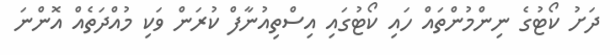
ދަށު ކޯޓުގެ ނިންމުންތައް ހައި ކޯޓުގައި އިސްތިއުނާފް ކުރަން ވަކި މުއްދަތެއް އޮންނަ